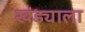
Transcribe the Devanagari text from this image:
खंड्याला